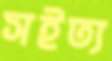
সইত্য